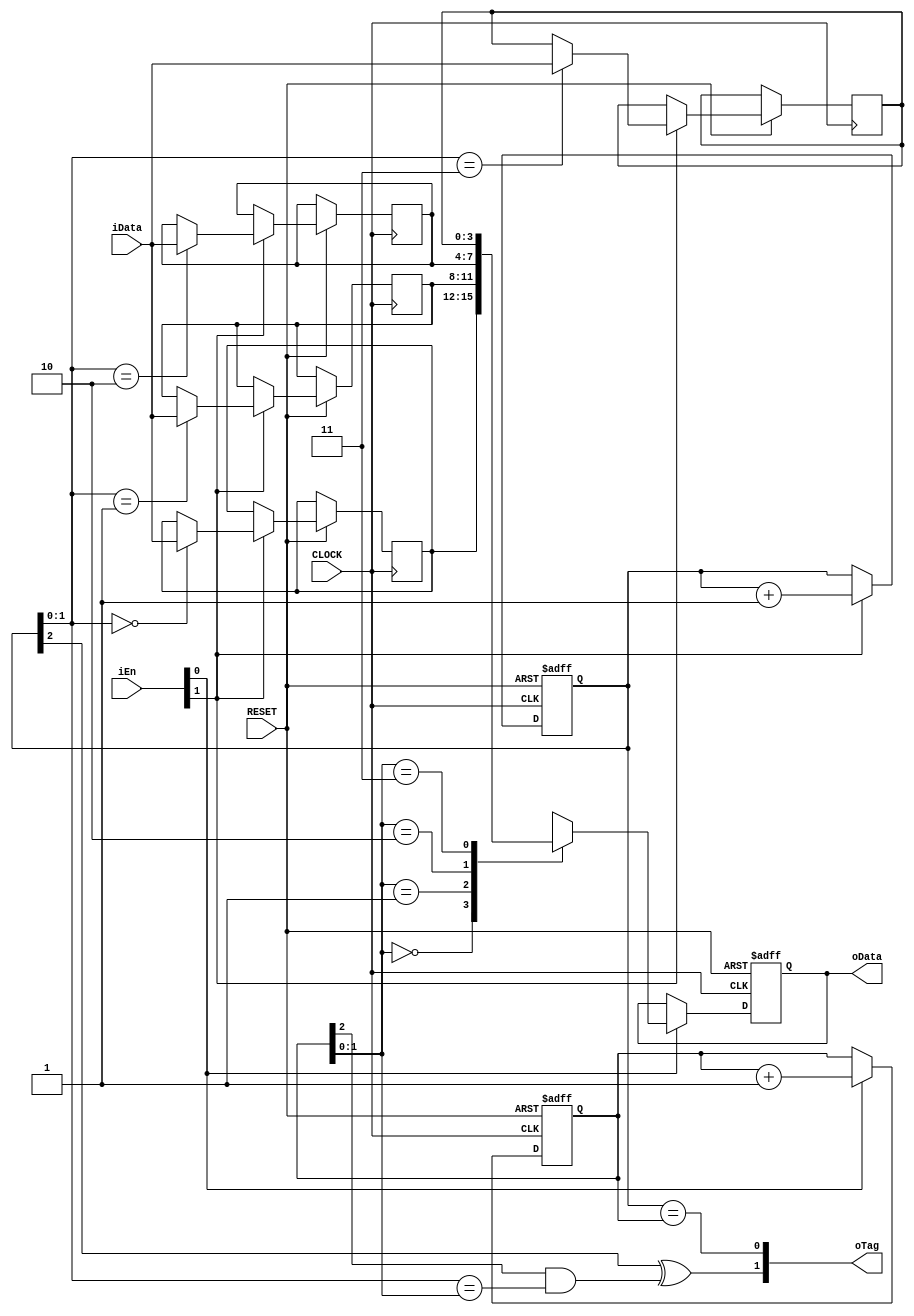
//****************************************************************************//
//# @Author: 
//# @Date:   2019-04-06 23:22:19
//# @Last Modified by:   zlk
//# @WeChat Official Account: OpenFPGA
//# @Last Modified time: 2019-08-25 01:11:56
//# Description: 
//# @Modification History: 2019-04-07 03:21:08
//# Date			    By			   Version			   Change Description: 
//# ========================================================================= #
//# 2019-04-07 03:21:08
//# ========================================================================= #
//# |                                          								| #
//# |                                OpenFPGA     							| #
//****************************************************************************//
module Synchronous_FIFO_savemod
(
	input CLOCK, RESET,
	input [1:0]iEn,     //
	input [3:0]iData,
	output [3:0]oData,
	output [1:0]oTag    //
	);
reg [3:0] RAM [3:0];
reg [3:0]D1;
reg [2:0]C1,C2; // N+1

always @ ( posedge CLOCK or negedge RESET )
	if( !RESET )
		begin
			C1 <= 3'd0;
		end
	else if( iEn[1] )
		begin
			RAM[ C1[1:0] ] <= iData;
			C1 <= C1 + 1'b1;
	end
	
always @ ( posedge CLOCK or negedge RESET )
	if( !RESET )
		begin
			D1 <= 4'd0;
			C2 <= 3'd0;
		end
	else if( iEn[0] )
		begin
			D1 <= RAM[ C2[1:0] ];
			C2 <= C2 + 1'b1;
		end

assign oData = D1;
assign oTag[1] = ( C1[2]^C2[2] & C1[1:0] == C2[1:0] ); // Full
assign oTag[0] = ( C1 == C2 ); // Empty

endmodule